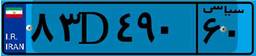
۸۳D۴۹۰۶۰